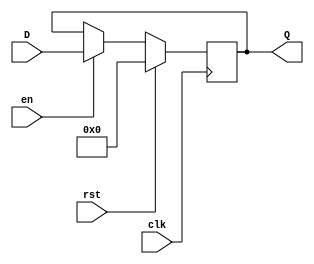
`timescale 1ns / 1ps
//////////////////////////////////////////////////////////////////////////////////
// Company: 
// Engineer: 
// 
// Design Name: 
// Module Name: D_FF
// Project Name: 
// Target Devices: 
// Tool Versions: 
// Description: 
// 
// Dependencies: 
// 
// Revision:
// Revision 0.01 - File Created
// Additional Comments:
// 
//////////////////////////////////////////////////////////////////////////////////


module D_FF #(parameter Data_width = 4)(
    input clk, rst, en,
    input [Data_width - 1:0] D,
    output reg [Data_width - 1:0] Q
    );
    
    always@ (posedge clk)
    begin
        if (rst)
            Q <= 0;
        else if (en)
            Q <= D;
        else
            Q <= Q;
    end
endmodule